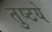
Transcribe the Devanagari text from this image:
तुष्टये